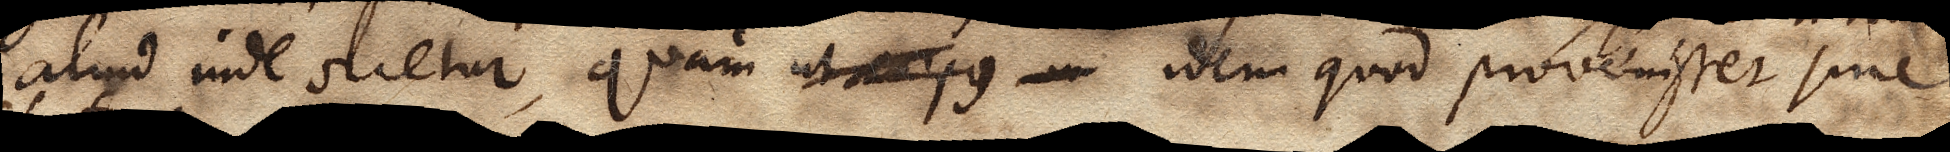
aliud inde orietur, quam ut corpus xx idem quod provenisset sine